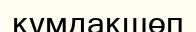
құмдақшөп